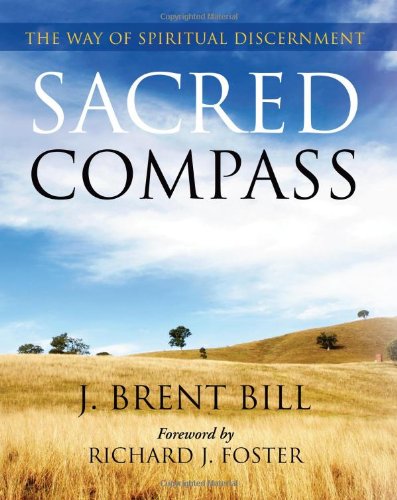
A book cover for Sacred Compass: The Way of Spiritual Discernment; J. Brent Bill; Christian Books & Bibles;